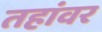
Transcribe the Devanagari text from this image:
तहांवर